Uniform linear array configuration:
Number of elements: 48
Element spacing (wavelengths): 0.75
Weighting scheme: cosine
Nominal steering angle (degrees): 60
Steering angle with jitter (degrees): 60.23
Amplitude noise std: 0.05
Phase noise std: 0.05

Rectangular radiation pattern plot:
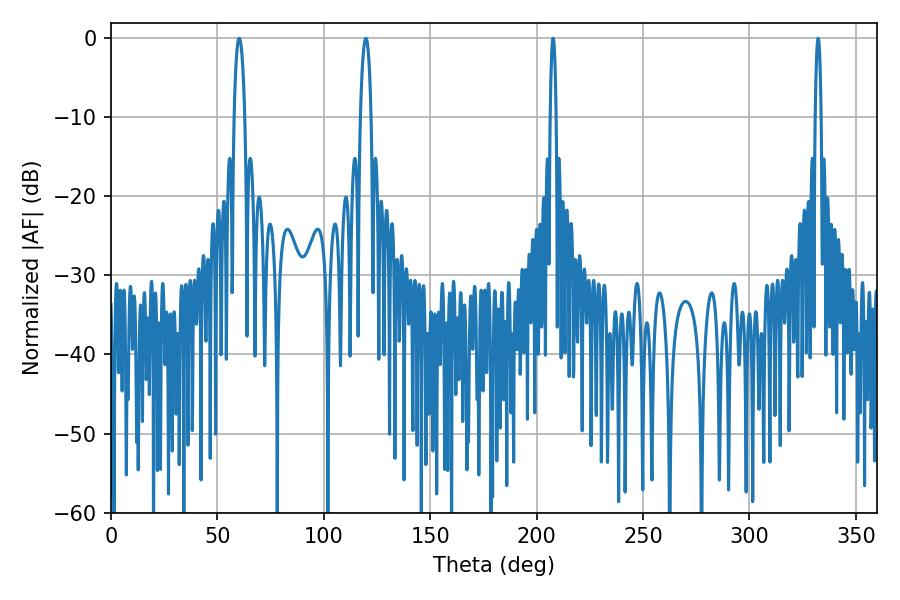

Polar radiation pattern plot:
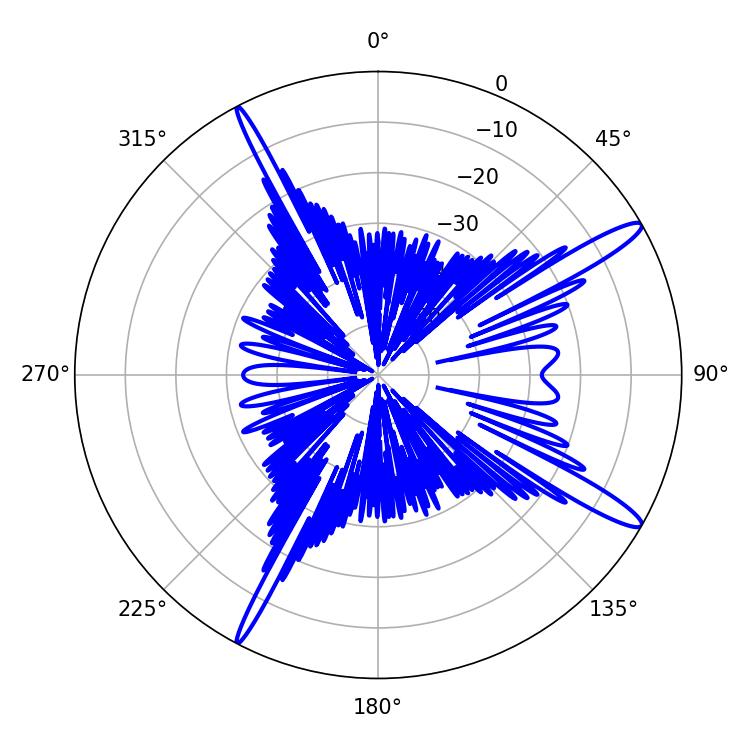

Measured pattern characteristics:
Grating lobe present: TRUE
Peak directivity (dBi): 14.632
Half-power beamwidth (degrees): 1.44
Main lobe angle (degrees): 207.72